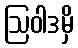
ဩဝါဒမှိ